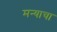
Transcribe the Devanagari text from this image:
मन्याचा